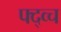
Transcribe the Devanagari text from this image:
फ्द्व्च